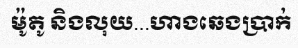
ម៉ូតូ និងលុយ...ហាងឆេងប្រាក់